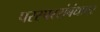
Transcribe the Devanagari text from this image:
परस्परसंबंधावर